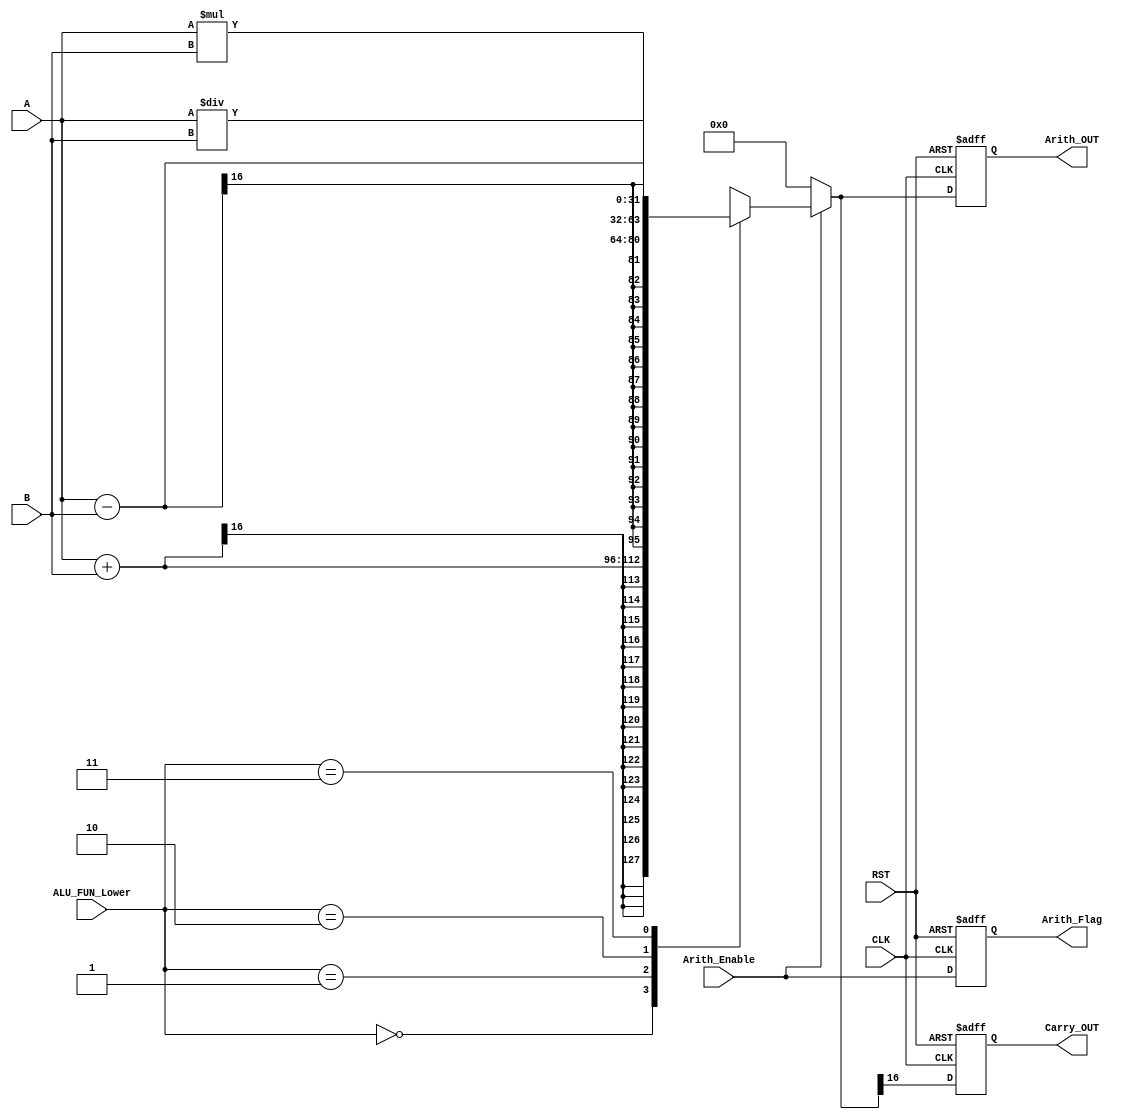
module ARITHMETIC_UNIT #(parameter width = 16)
(
    input wire signed [width-1:0] A, B,
    input wire [1:0] ALU_FUN_Lower,
    input wire Arith_Enable, CLK, RST,
    output reg signed [(width*2)-1:0] Arith_OUT,
    output reg Carry_OUT,
    output reg Arith_Flag
);
    
    reg [(width*2)-1:0] Arith_OUT_Comb;
    wire Carry_OUT_Comb;
    assign Carry_OUT_Comb = Arith_OUT_Comb[width];

    always @(*) begin
        if (Arith_Enable) begin
            Arith_OUT_Comb = 'b0;
            case (ALU_FUN_Lower)
                2'b00: Arith_OUT_Comb = A + B;
                2'b01: Arith_OUT_Comb = A - B;
                2'b10: Arith_OUT_Comb = A * B;
                2'b11: Arith_OUT_Comb = A / B;
            endcase
        end else begin
            Arith_OUT_Comb = 'b0;
        end
    end

    always @(posedge CLK, negedge RST) begin
        if (!RST) begin
            Arith_OUT <= 'b0;
            Carry_OUT <= 1'b0;
            Arith_Flag <= 1'b0;
        end else begin
            Arith_OUT <= Arith_OUT_Comb;
            Carry_OUT <= Carry_OUT_Comb;
            Arith_Flag <= Arith_Enable;
        end
    end

endmodule